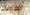
الطاولات